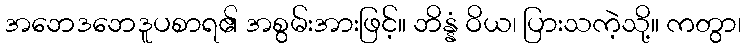
အဘေဒဘေဒူပစာရ၏ အစွမ်းအားဖြင့်။ ဘိန္နံ ဝိယ၊ ပြားသကဲ့သို့။ ကတွာ၊